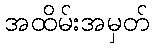
အထိမ်းအမှတ်